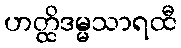
ဟတ္ထိဒမ္မသာရထီ